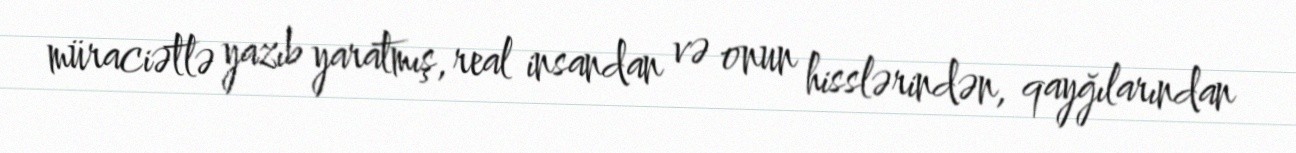
müraciətlə yazıb yaratmış, real insandan və onun hisslərindən, qayğılarından